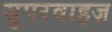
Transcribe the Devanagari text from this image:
सुपरवाइज़